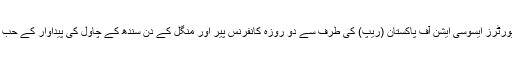
اس سلسلے میں رائس ایکسپورٹرز ایسوسی ایشن آف پاکستان (ریپ) کی طرف سے دو روزہ کانفرنس پیر اور منگل کے دن سندھ کے چاول کی پیداوار کے حب لاڑکانہ میں منعقد کی گئی۔